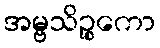
အမ္ဗသိဉ္စကော